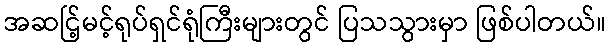
အဆင်ြ့မင့်ရုပ်ရှင်ရုံကြီးများတွင် ပြသသွားမှာ ဖြစ်ပါတယ်။